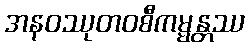
အနဝဿုတဝစီကမ္မန္တဿ